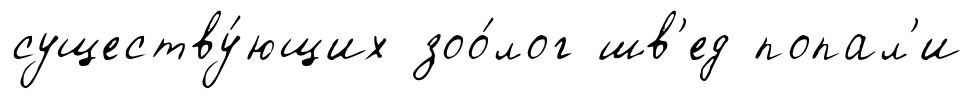
существу́ющих зоо́лог шв'ед попал'и